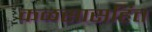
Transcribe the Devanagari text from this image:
कळसासहित